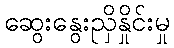
ဆွေးနွေးညှိနှိုင်းမှု